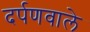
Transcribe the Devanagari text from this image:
दर्पणवाले